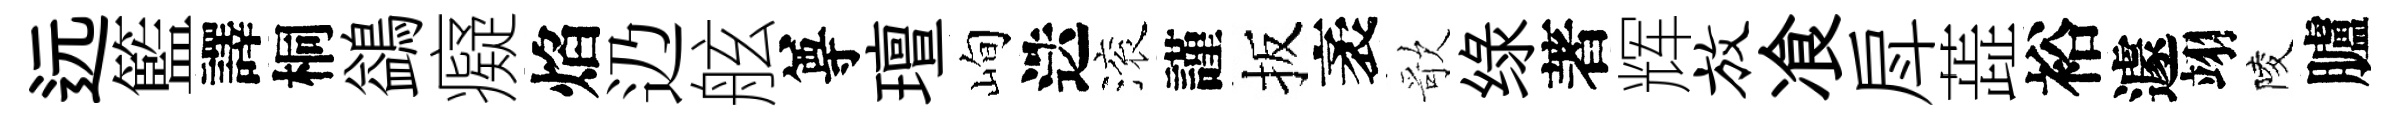
远籃譯桐鷁癡焰辸舷尊璮峋迭滚謹扳袤歌绿著辉放飡戽蕋裕遽翊陵臚